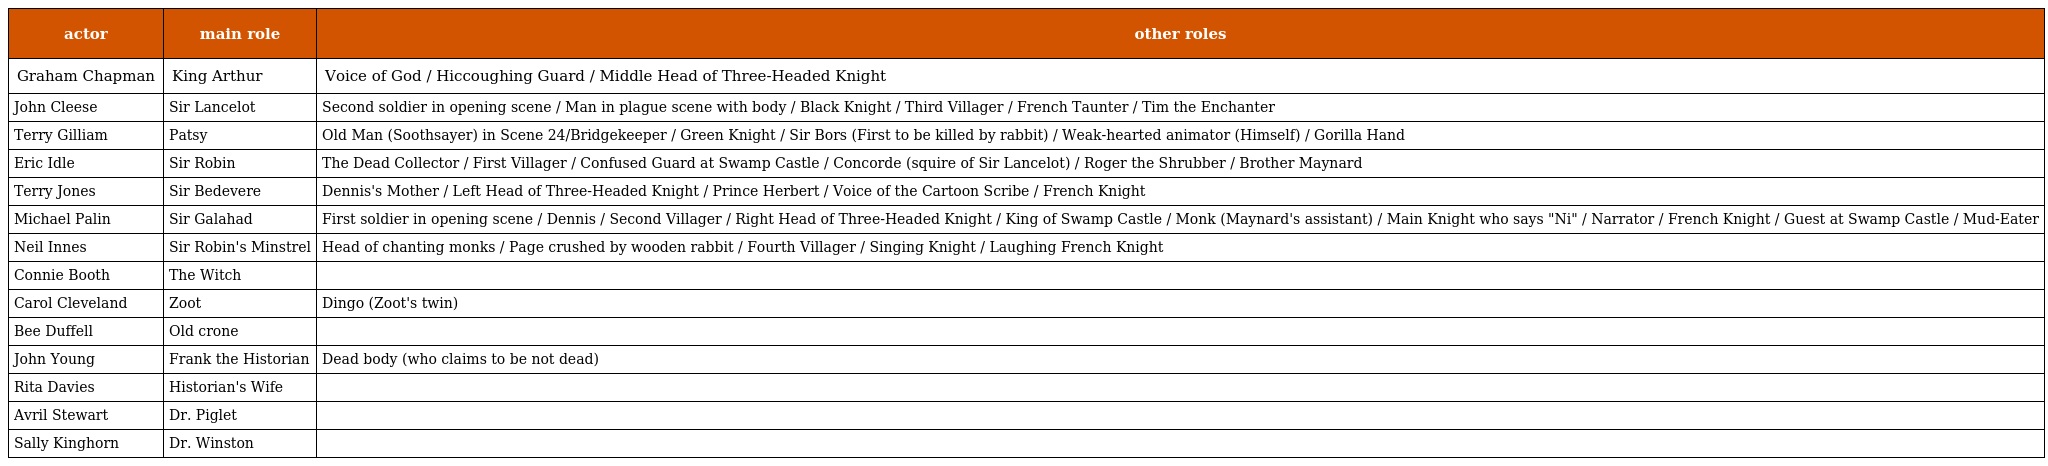
| actor | main role | other roles |
 | --- | --- | --- |
 | Graham Chapman | King Arthur | Voice of God / Hiccoughing Guard / Middle Head of Three-Headed Knight |
 | John Cleese | Sir Lancelot | Second soldier in opening scene / Man in plague scene with body / Black Knight / Third Villager / French Taunter / Tim the Enchanter |
 | Terry Gilliam | Patsy | Old Man (Soothsayer) in Scene 24/Bridgekeeper / Green Knight / Sir Bors (First to be killed by rabbit) / Weak-hearted animator (Himself) / Gorilla Hand |
 | Eric Idle | Sir Robin | The Dead Collector / First Villager / Confused Guard at Swamp Castle / Concorde (squire of Sir Lancelot) / Roger the Shrubber / Brother Maynard |
 | Terry Jones | Sir Bedevere | Dennis's Mother / Left Head of Three-Headed Knight / Prince Herbert / Voice of the Cartoon Scribe / French Knight |
 | Michael Palin | Sir Galahad | First soldier in opening scene / Dennis / Second Villager / Right Head of Three-Headed Knight / King of Swamp Castle / Monk (Maynard's assistant) / Main Knight who says "Ni" / Narrator / French Knight / Guest at Swamp Castle / Mud-Eater |
 | Neil Innes | Sir Robin's Minstrel | Head of chanting monks / Page crushed by wooden rabbit / Fourth Villager / Singing Knight / Laughing French Knight |
 | Connie Booth | The Witch |  |
 | Carol Cleveland | Zoot | Dingo (Zoot's twin) |
 | Bee Duffell | Old crone |  |
 | John Young | Frank the Historian | Dead body (who claims to be not dead) |
 | Rita Davies | Historian's Wife |  |
 | Avril Stewart | Dr. Piglet |  |
 | Sally Kinghorn | Dr. Winston |  |